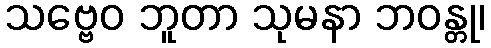
သဗ္ဗေဝ ဘူတာ သုမနာ ဘဝန္တု၊